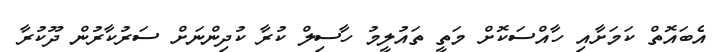
އެބައޮތް ކަމަށާއި ހާއްސަކޮށް މަތީ ތައުލީމު ހާސިލް ކުރާ ކުދިންނަށް ސަރުކާރުން ދޫކުރާ